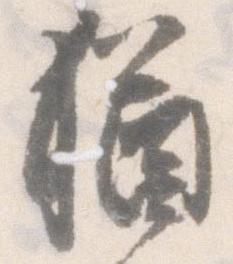
猶